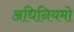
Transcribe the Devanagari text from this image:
अधिनियमो